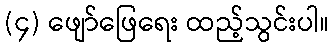
(၄) ဖျော်ဖြေရေး ထည့်သွင်းပါ။